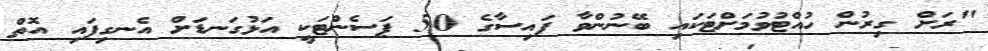
"ރަށް ގިރުން ހުއްޓުވުމަށްޓަކައި ބޭނުންވާ ފައިސާގެ 50 ޕަސެންޓަކީ އަޅުގަނޑަށް އެނގިފައި އޮތް